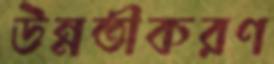
উন্নতীকরণ